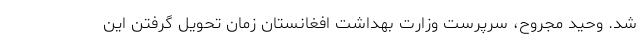
شد. وحید مجروح، سرپرست وزارت بهداشت افغانستان زمان تحویل‌ گرفتن این